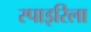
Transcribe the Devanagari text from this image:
स्पाइरिला